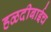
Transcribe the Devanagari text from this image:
हळदीबाईच